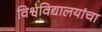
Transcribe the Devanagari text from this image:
विश्वविद्यालयांचा